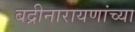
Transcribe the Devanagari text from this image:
बद्रीनारायणांच्या